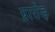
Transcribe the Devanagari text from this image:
ग्राउंड़